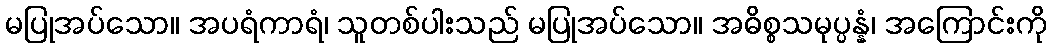
မပြုအပ်သော။ အပရံကာရံ၊ သူတစ်ပါးသည် မပြုအပ်သော။ အဓိစ္စသမုပ္ပန္နံ၊ အကြောင်းကို